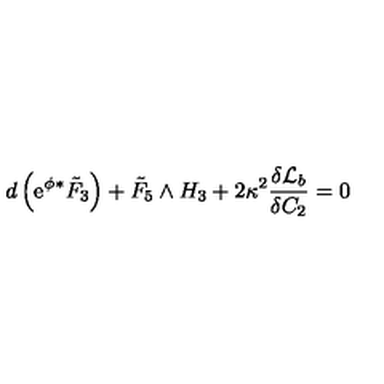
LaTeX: d \left( \mathrm { e } ^ { \phi } { } ^ { * } { \tilde { F } } _ { 3 } \right) + { \tilde { F } } _ { 5 } \wedge H _ { 3 } + 2 \kappa ^ { 2 } \frac { \delta { \cal { L } } _ { b } } { \delta C _ { 2 } } = 0